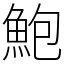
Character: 鮑